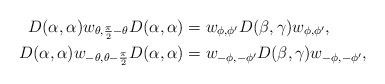
LaTeX: \begin{align*}D(\alpha, \alpha)w_{\theta,\frac{\pi}{2}-\theta} D(\alpha, \alpha) &= w_{\phi,\phi'} D(\beta, \gamma)w_{\phi,\phi'}, \\ D(\alpha, \alpha)w_{-\theta,\theta-\frac{\pi}{2}} D(\alpha, \alpha) &= w_{-\phi,-\phi'} D(\beta, \gamma)w_{-\phi,-\phi'},\end{align*}